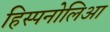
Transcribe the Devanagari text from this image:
हिस्पनोलिआ